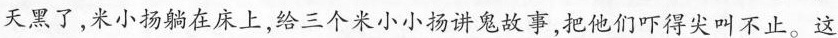
天黑了,米小扬躺在床上，给三个米小小扬讲鬼故事，把他们吓得尖叫不止。这